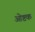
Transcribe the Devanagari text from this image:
ओष्टक